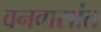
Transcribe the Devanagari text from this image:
वनवासांत